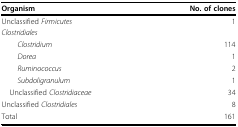
<table><thead><tr><td><b>Organism</b></td><td><b>No. of clones</b></td></tr></thead><tbody><tr><td>Unclassified <i>Firmicutes</i></td><td>1</td></tr><tr><td><i>Clostridiales</i></td><td></td></tr><tr><td><i>Clostridium</i></td><td>114</td></tr><tr><td><i>Dorea</i></td><td>1</td></tr><tr><td><i>Ruminococcus</i></td><td>2</td></tr><tr><td><i>Subdoligranulum</i></td><td>1</td></tr><tr><td> Unclassified <i>Clostridiaceae</i></td><td>34</td></tr><tr><td>Unclassified <i>Clostridiales</i></td><td>8</td></tr><tr><td>Total</td><td>161</td></tr></tbody></table>